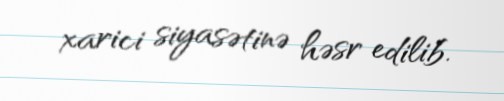
xarici siyasətinə həsr edilib.